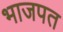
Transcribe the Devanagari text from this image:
भाजपत